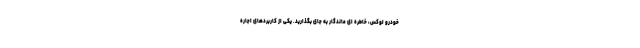
خودرو لوکس، خاطره ای ماندگار به جای بگذارید. یکی از کاربردهای اجاره